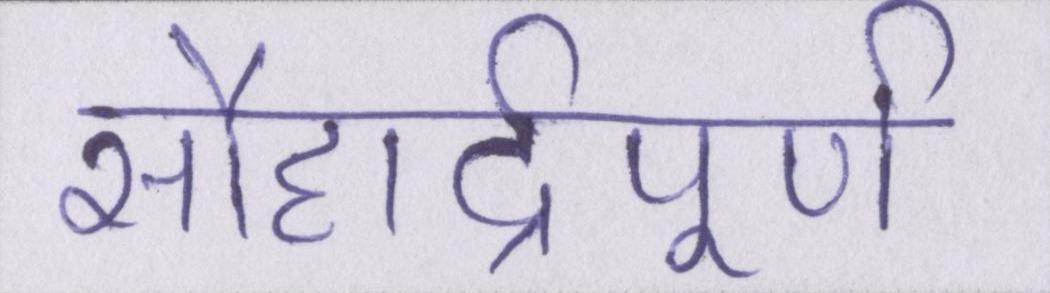
सौहार्द्रपूर्ण